Tezpur Lunatic Asylum reports 1877-1894 - 1877-1894
Year: 1877
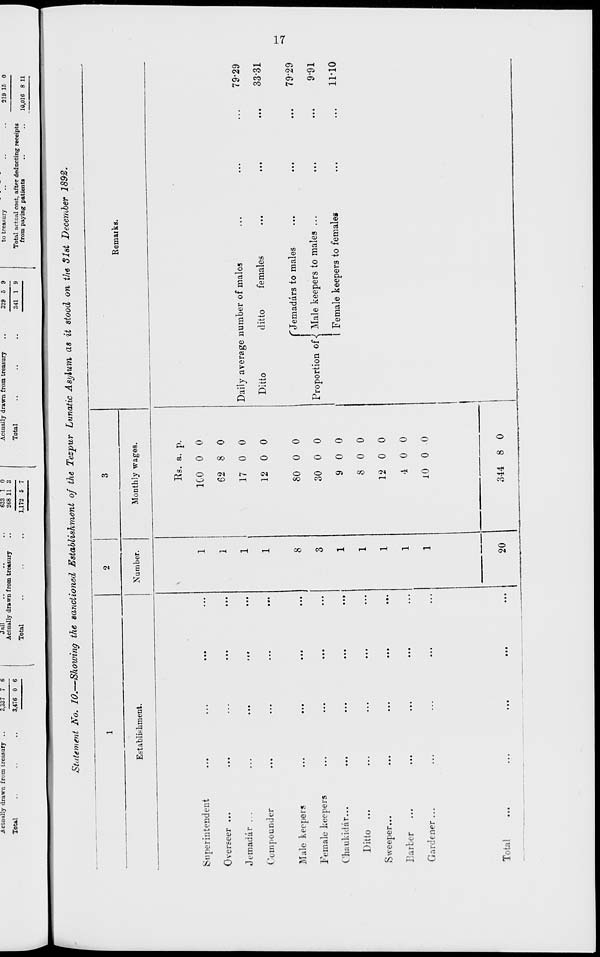
.Actually drawn from treasury
Total
3,337 7 6
3,476 0 6
1
—
Jail
Actually drawn from treasury
Total
633 1 0
268 11 3
1,172 5 7
Actually drawn from treasury
Total
329 5 9
341 1 9
to treasury
111
219 15 0
Total actual cost, after deducting receipts
from paying patients
..
..
io,oi6 8 11
———
Statement No. 10.—Showing the sanctioned Establishment of the Tezpur Lunatic Asylum as it stood on the Slst December 1892.
1
2
3
Remaiks.
Establishment.
Number.
Monthly wages.
\
Rs. a. p.
-
Superintendent
...
1
ICO 0 0
Overseer ...
...
1
62 8 0
Jemadar ...
...
1
17 0 0
Daily average number of males
79-29
Compound er
...
1
12 0 0
Ditto
ditto
females
3331
Male keepers
...
8
80 0 0
f Jemadars to males
79-29
Female keepers
...
3
30 0 0
1
Proportion oN Male keepers to males ...
9-91
Ghaukid&r...
...
9 0 0
1 Female keepers to females
11-10
Ditto ...
...
8 0 0
Sweeper...
...
12 0 0
Barber
•••
••«
•••
•••
4 0 0
Gardener ...
10 0 0
Total
•••
k•«
••■
•••
20
344 8 0